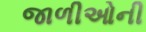
જાળીઓની